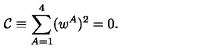
\mathcal { C } \equiv \sum _ { A = 1 } ^ { 4 } ( w ^ { A } ) ^ { 2 } = 0 .